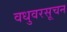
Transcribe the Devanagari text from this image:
वधुवरसूचन